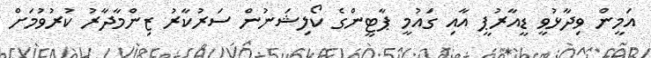
އަމީން ވިދާޅުވީ ޑީއާރުޕީ އާއި ގައުމީ ޕާޓީންގެ ކޯލިޝަނުން ސަރުކާރު ޒިންމާދާރު ކުރުވުމަށް